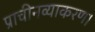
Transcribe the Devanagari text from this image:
प्राचीनव्याकरण।